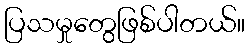
ပြသမှုတွေဖြစ်ပါတယ်။